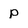
Character: p